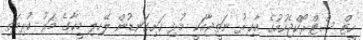
ހީޓް ސްޓްރޯކްޖެހުމުގެ އާޚިރު ނަތީޖާއަކީ މުޅި ހަށިގަނޑުން ލޭހިލި މީހާގެ މަރު ކުރިމަތި